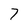
Character: 7